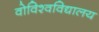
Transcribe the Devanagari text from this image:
वोविश्वविद्यालय